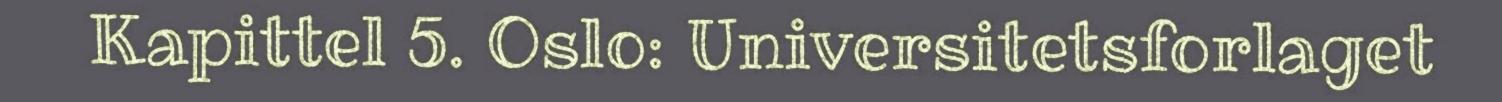
Kapittel 5. Oslo: Universitetsforlaget